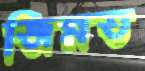
জিন্নত